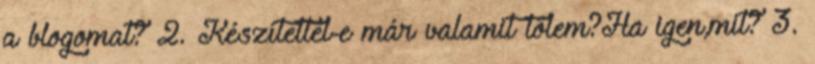
a blogomat? 2. Készítettél-e már valamit tőlem?Ha igen,mit? 3.